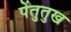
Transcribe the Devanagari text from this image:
पेंतुतुख